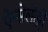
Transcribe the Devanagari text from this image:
ऐन्सेलोट्टी